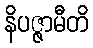
နိပဇ္ဇာမီတိ